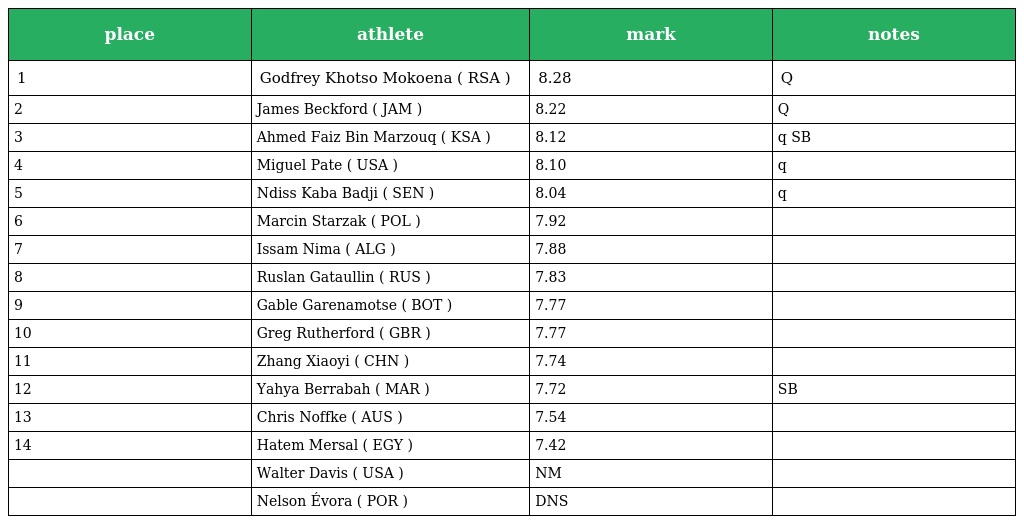
| place | athlete | mark | notes |
 | --- | --- | --- | --- |
 | 1 | Godfrey Khotso Mokoena ( RSA ) | 8.28 | Q |
 | 2 | James Beckford ( JAM ) | 8.22 | Q |
 | 3 | Ahmed Faiz Bin Marzouq ( KSA ) | 8.12 | q SB |
 | 4 | Miguel Pate ( USA ) | 8.10 | q |
 | 5 | Ndiss Kaba Badji ( SEN ) | 8.04 | q |
 | 6 | Marcin Starzak ( POL ) | 7.92 |  |
 | 7 | Issam Nima ( ALG ) | 7.88 |  |
 | 8 | Ruslan Gataullin ( RUS ) | 7.83 |  |
 | 9 | Gable Garenamotse ( BOT ) | 7.77 |  |
 | 10 | Greg Rutherford ( GBR ) | 7.77 |  |
 | 11 | Zhang Xiaoyi ( CHN ) | 7.74 |  |
 | 12 | Yahya Berrabah ( MAR ) | 7.72 | SB |
 | 13 | Chris Noffke ( AUS ) | 7.54 |  |
 | 14 | Hatem Mersal ( EGY ) | 7.42 |  |
 |  | Walter Davis ( USA ) | NM |  |
 |  | Nelson Évora ( POR ) | DNS |  |